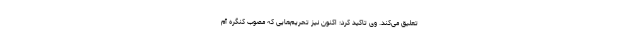
تعلیق می‌کند. وی تاکید کرد: اکنون نیز تحریم‌هایی که مصوب کنگره آم